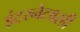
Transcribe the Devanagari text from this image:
इंटरनेटवरही